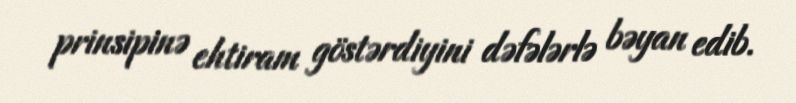
prinsipinə ehtiram göstərdiyini dəfələrlə bəyan edib.